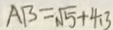
A B = \sqrt { 5 } + 4 . 3